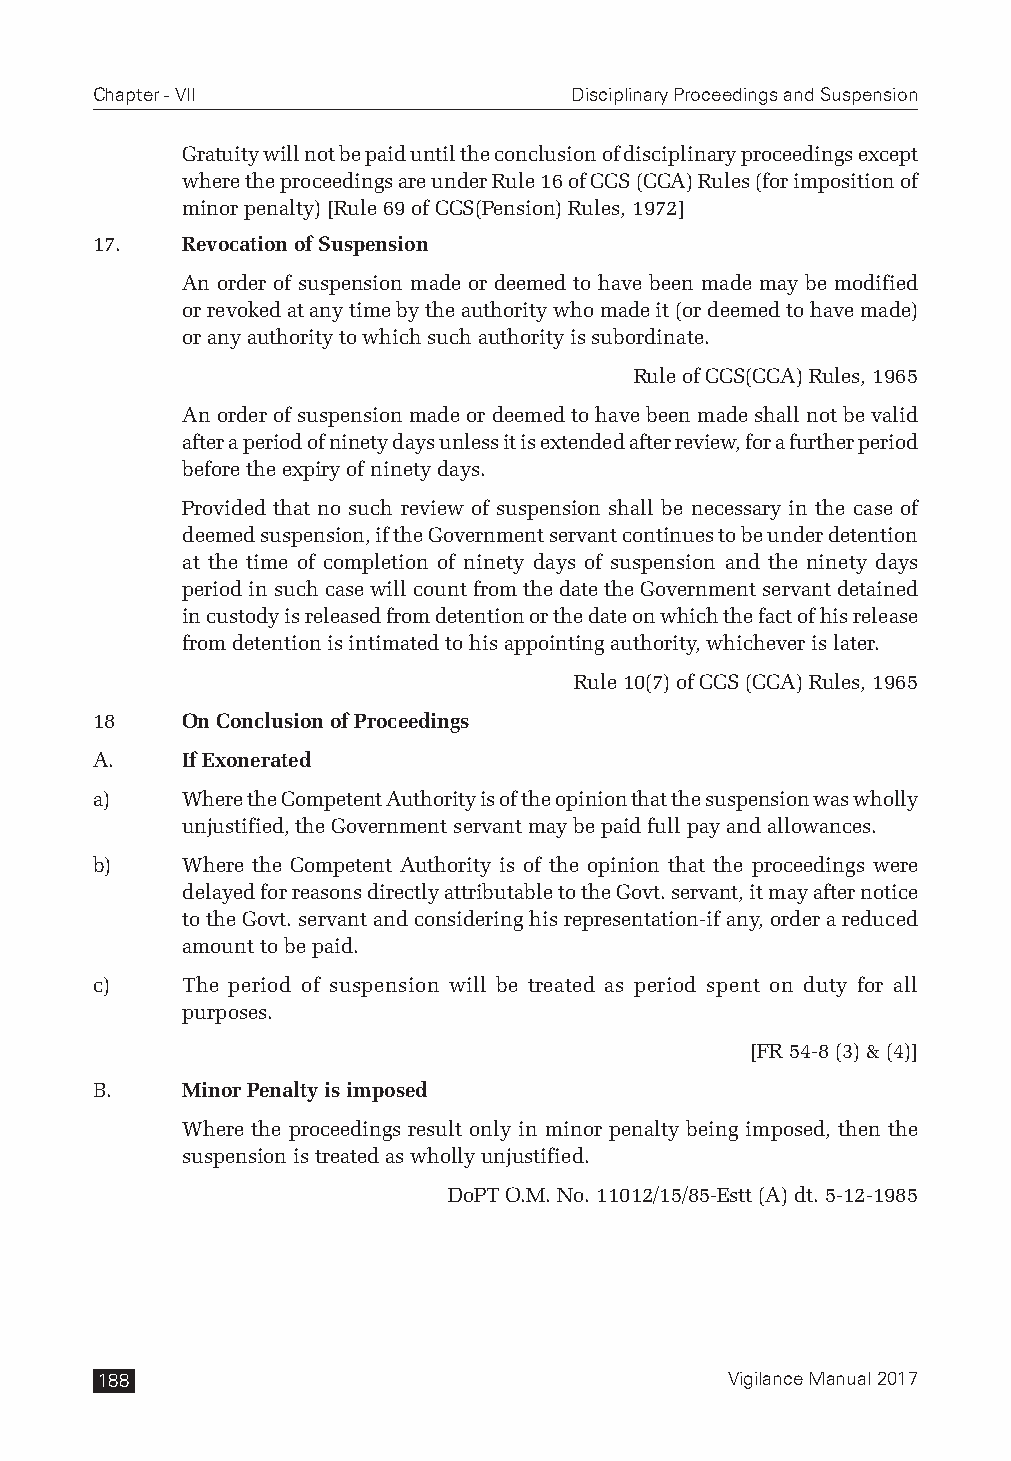
Chapter - VII                   Disciplinary Proceedings and Suspension
 Gratuity will not be paid until the conclusion of disciplinary proceedings except
 where the proceedings are under Rule 16 of CCS (CCA) Rules (for imposition of
 minor penalty) [Rule 69 of CCS(Pension) Rules, 1972]
 17.   Revocation of Suspension
 An order of suspension made or deemed to have been made may be modified
 or revoked at any time by the authority who made it (or deemed to have made)
 or any authority to which such authority is subordinate.
 Rule of CCS(CCA) Rules, 1965
 An order of suspension made or deemed to have been made shall not be valid
 after a period of ninety days unless it is extended after review, for a further period
 before the expiry of ninety days.
 Provided that no such review of suspension shall be necessary in the case of
 deemed suspension, if the Government servant continues to be under detention
 at the time of completion of ninety days of suspension and the ninety days
 period in such case will count from the date the Government servant detained
 in custody is released from detention or the date on which the fact of his release
 from detention is intimated to his appointing authority, whichever is later.
 Rule 10(7) of CCS (CCA) Rules, 1965
 18    On Conclusion of Proceedings
 A.    If Exonerated
 a)    Where the Competent Authority is of the opinion that the suspension was wholly
 unjustified, the Government servant may be paid full pay and allowances.
 b)    Where the Competent Authority is of the opinion that the proceedings were
 delayed for reasons directly attributable to the Govt. servant, it may after notice
 to the Govt. servant and considering his representation-if any, order a reduced
 amount to be paid.
 c)    The period of suspension will be treated as period spent on duty for all
 purposes.
 [FR 54-8 (3) & (4)]
 B.    Minor Penalty is imposed
 Where the proceedings result only in minor penalty being imposed, then the
 suspension is treated as wholly unjustified.
 DoPT O.M. No. 11012/15/85-Estt (A) dt. 5-12-1985
 188                                       Vigilance Manual 2017